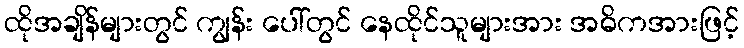
ထိုအချိန်များတွင် ကျွန်း ပေါ်တွင် နေထိုင်သူများအား အဓိကအားဖြင့်